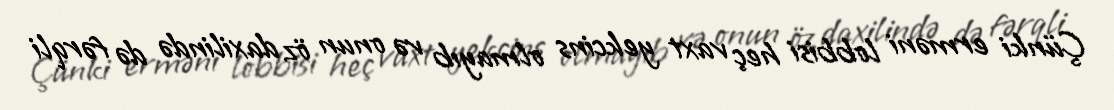
Çünki erməni lobbisi heç vaxt yekcins olmayıb və onun öz daxilində də fərqli